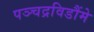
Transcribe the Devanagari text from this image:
पञ्चद्रविडौंमे